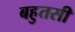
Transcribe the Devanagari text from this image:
बहुतसी